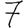
Digit: 7